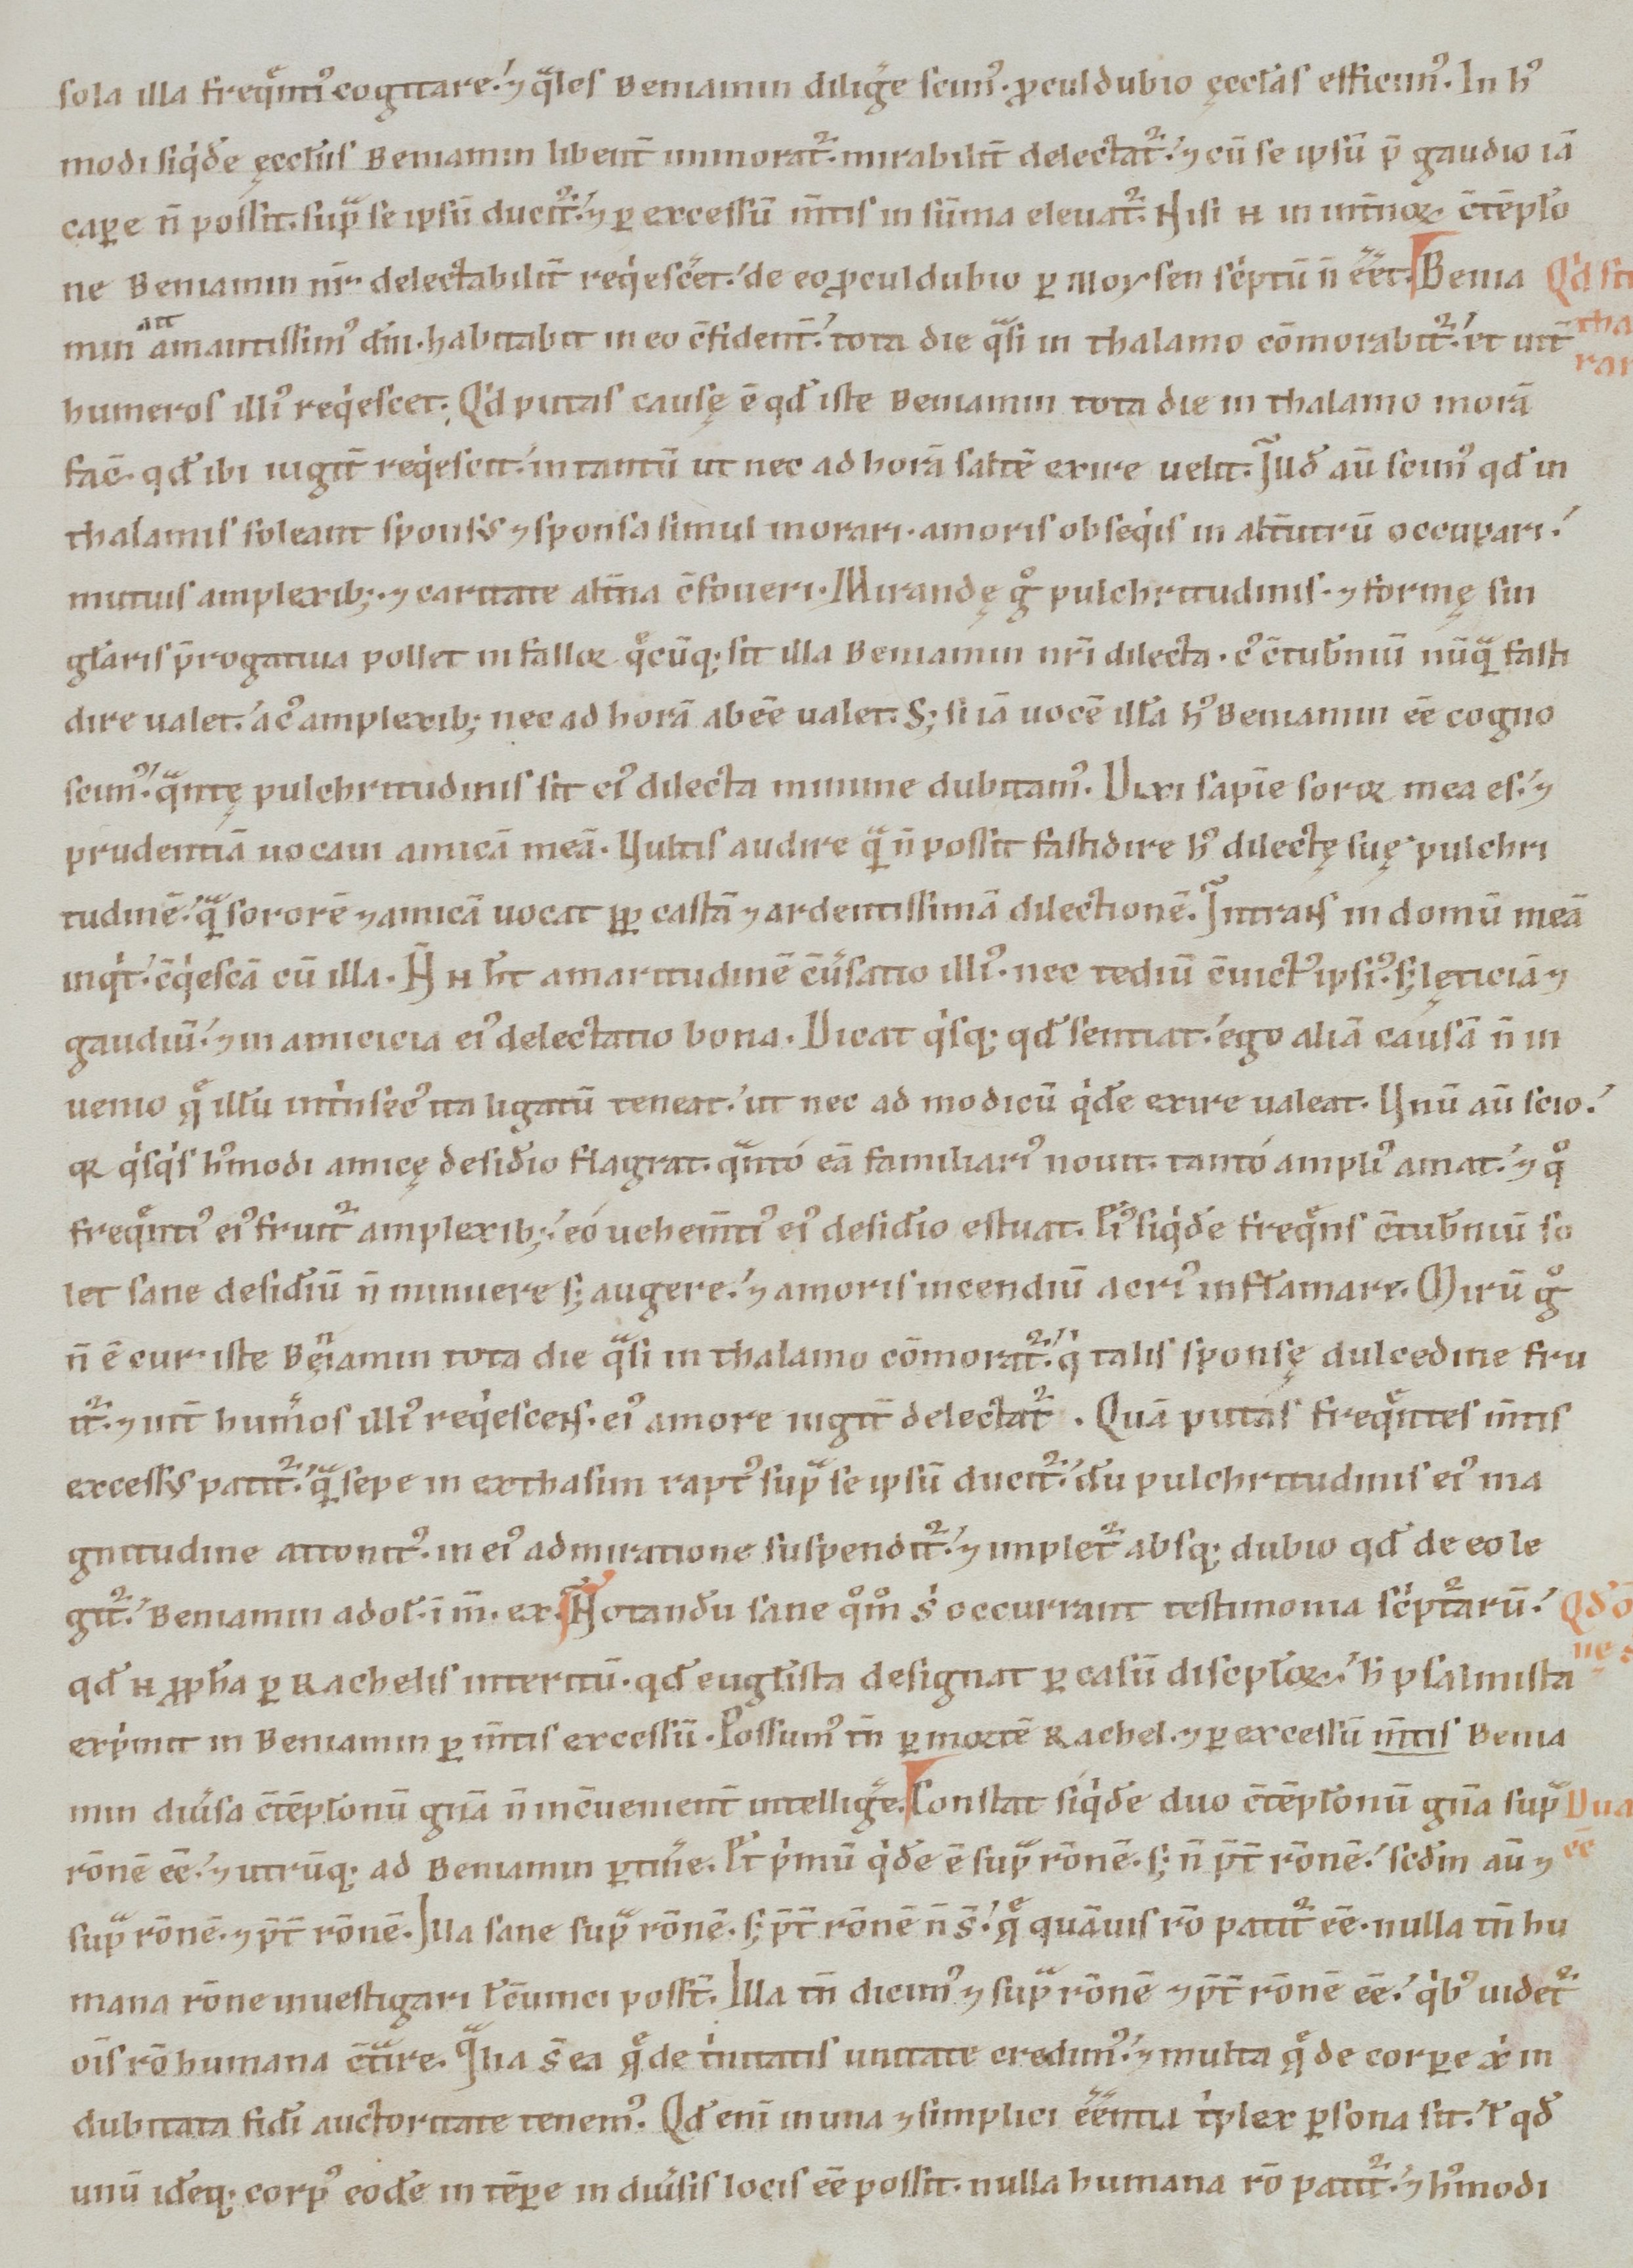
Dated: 1100–1199